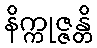
နိက္ကုဇ္ဇန္တိ